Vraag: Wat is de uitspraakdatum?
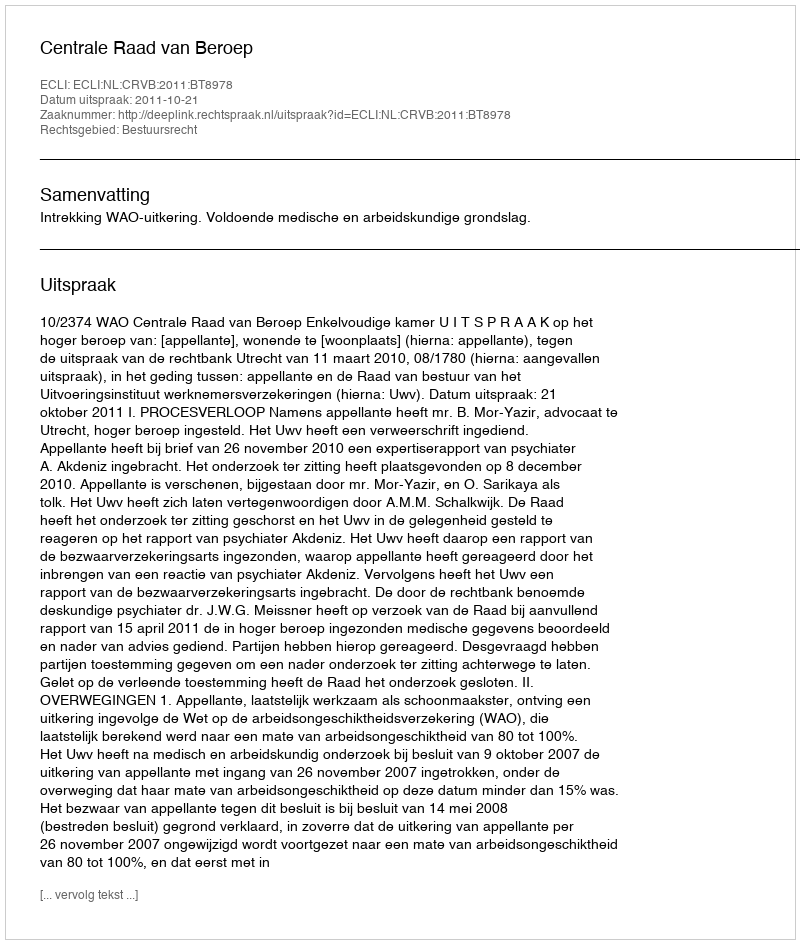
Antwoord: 2011-10-21